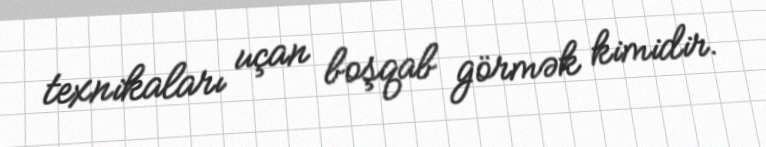
texnikaları uçan boşqab görmək kimidir.